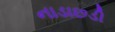
નાડાછડી